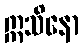
ဣသိနော